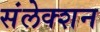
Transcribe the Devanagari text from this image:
संलेक्शन